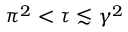
\pi ^ { 2 } < \tau \lesssim \gamma ^ { 2 }